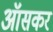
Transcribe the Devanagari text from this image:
ऑसकर